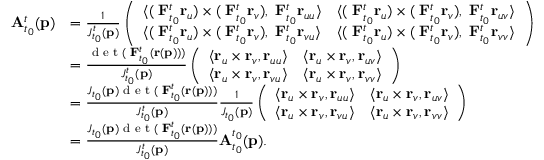
\begin{array} { r l } { \mathbf { A } _ { t _ { 0 } } ^ { t } ( \mathbf { p } ) } & { = \frac { 1 } { J _ { t _ { 0 } } ^ { t } ( \mathbf { p } ) } \left( \begin{array} { l l } { \langle ( \mathbf { \nabla } \mathbf { F } _ { t _ { 0 } } ^ { t } \mathbf { r } _ { u } ) \times ( \mathbf { \nabla } \mathbf { F } _ { t _ { 0 } } ^ { t } \mathbf { r } _ { v } ) , \mathbf { \nabla } \mathbf { F } _ { t _ { 0 } } ^ { t } \mathbf { r } _ { u u } \rangle } & { \langle ( \mathbf { \nabla } \mathbf { F } _ { t _ { 0 } } ^ { t } \mathbf { r } _ { u } ) \times ( \mathbf { \nabla } \mathbf { F } _ { t _ { 0 } } ^ { t } \mathbf { r } _ { v } ) , \mathbf { \nabla } \mathbf { F } _ { t _ { 0 } } ^ { t } \mathbf { r } _ { u v } \rangle } \\ { \langle ( \mathbf { \nabla } \mathbf { F } _ { t _ { 0 } } ^ { t } \mathbf { r } _ { u } ) \times ( \mathbf { \nabla } \mathbf { F } _ { t _ { 0 } } ^ { t } \mathbf { r } _ { v } ) , \mathbf { \nabla } \mathbf { F } _ { t _ { 0 } } ^ { t } \mathbf { r } _ { v u } \rangle } & { \langle ( \mathbf { \nabla } \mathbf { F } _ { t _ { 0 } } ^ { t } \mathbf { r } _ { u } ) \times ( \mathbf { \nabla } \mathbf { F } _ { t _ { 0 } } ^ { t } \mathbf { r } _ { v } ) , \mathbf { \nabla } \mathbf { F } _ { t _ { 0 } } ^ { t } \mathbf { r } _ { v v } \rangle } \end{array} \right) } \\ & { = \frac { \textup { d e t } ( \mathbf { \nabla } \mathbf { F } _ { t _ { 0 } } ^ { t } ( \mathbf { r } ( \mathbf { p } ) ) ) } { J _ { t _ { 0 } } ^ { t } ( \mathbf { p } ) } \left( \begin{array} { l l } { \langle \mathbf { r } _ { u } \times \mathbf { r } _ { v } , \mathbf { r } _ { u u } \rangle } & { \langle \mathbf { r } _ { u } \times \mathbf { r } _ { v } , \mathbf { r } _ { u v } \rangle } \\ { \langle \mathbf { r } _ { u } \times \mathbf { r } _ { v } , \mathbf { r } _ { v u } \rangle } & { \langle \mathbf { r } _ { u } \times \mathbf { r } _ { v } , \mathbf { r } _ { v v } \rangle } \end{array} \right) } \\ & { = \frac { J _ { t _ { 0 } } ( \mathbf { p } ) \textup { d e t } ( \mathbf { \nabla } \mathbf { F } _ { t _ { 0 } } ^ { t } ( \mathbf { r } ( \mathbf { p } ) ) ) } { J _ { t _ { 0 } } ^ { t } ( \mathbf { p } ) } \frac { 1 } { J _ { t _ { 0 } } ( \mathbf { p } ) } \left( \begin{array} { l l } { \langle \mathbf { r } _ { u } \times \mathbf { r } _ { v } , \mathbf { r } _ { u u } \rangle } & { \langle \mathbf { r } _ { u } \times \mathbf { r } _ { v } , \mathbf { r } _ { u v } \rangle } \\ { \langle \mathbf { r } _ { u } \times \mathbf { r } _ { v } , \mathbf { r } _ { v u } \rangle } & { \langle \mathbf { r } _ { u } \times \mathbf { r } _ { v } , \mathbf { r } _ { v v } \rangle } \end{array} \right) } \\ & { = \frac { J _ { t _ { 0 } } ( \mathbf { p } ) \textup { d e t } ( \mathbf { \nabla } \mathbf { F } _ { t _ { 0 } } ^ { t } ( \mathbf { r } ( \mathbf { p } ) ) ) } { J _ { t _ { 0 } } ^ { t } ( \mathbf { p } ) } \mathbf { A } _ { t _ { 0 } } ^ { t _ { 0 } } ( \mathbf { p } ) . } \end{array}